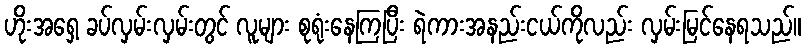
ဟိုးအရှေ့ ခပ်လှမ်းလှမ်းတွင် လူများ စုရုံးနေကြပြီး ရဲကားအနည်းငယ်ကိုလည်း လှမ်းမြင်နေရသည်။